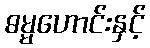
ဓမ္မဟောင်းနှင့်